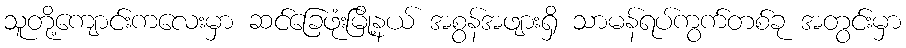
သူတို့ကျောင်းကလေးမှာ ဆင်ခြေဖုံးမြို့နယ် အစွန်အဖျားရှိ သာမန်ရပ်ကွက်တစ်ခု အတွင်းမှာ